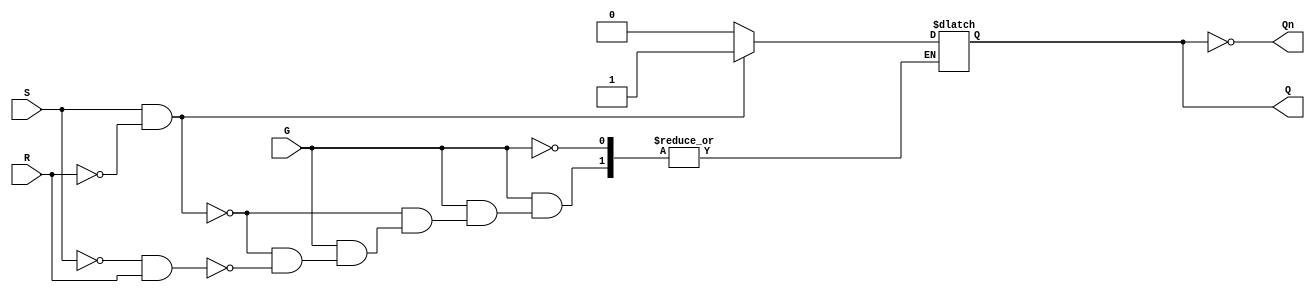
module GatedSRLatch (
    input wire S,       // Set input
    input wire R,       // Reset input
    input wire G,       // Enable input
    output reg Q,       // Output Q
    output wire Qn      // Output Q' (negation of Q)
);

// Invert Q for the output Q'
assign Qn = ~Q;

// Always block to handle the gated behavior of the SR latch
always @(*) begin
    if (G) begin
        if (S && ~R) begin
            Q = 1;   // Set Q to 1
        end
        else if (~S && R) begin
            Q = 0;   // Reset Q to 0
        end
        // If both S and R are low, Q retains its previous state
        // If both S and R are high, it is an invalid state (can be left as-is)
    end
    // When G is low, it retains the last state of Q
end

endmodule